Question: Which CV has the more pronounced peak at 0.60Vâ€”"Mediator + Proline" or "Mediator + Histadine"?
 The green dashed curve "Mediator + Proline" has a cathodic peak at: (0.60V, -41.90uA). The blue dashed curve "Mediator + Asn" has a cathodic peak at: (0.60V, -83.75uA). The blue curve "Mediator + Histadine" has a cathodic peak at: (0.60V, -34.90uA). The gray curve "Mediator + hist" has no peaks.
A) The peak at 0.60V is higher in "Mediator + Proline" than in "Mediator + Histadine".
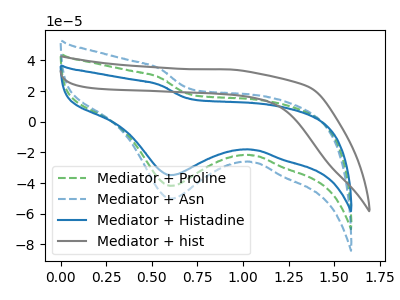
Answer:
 <answer>A) The peak at 0.60V is higher in "Mediator + Proline" than in "Mediator + Histadine".</answer>
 <eval>A</eval>